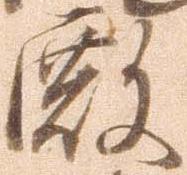
殿